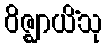
ဝိဇ္ဈာယိံသု